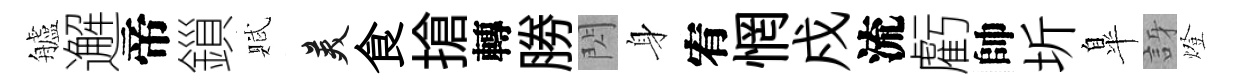
艫邂帝鎻賦美食搶轉勝閃身宥惘戍流虧帥圻臯訝燈